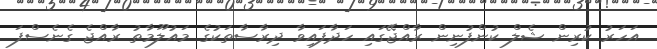
އަހަރު ކުރިން ޝެލް ކުންފުނިން ރާއްޖޭގައި ހަދާފައިވާ ދިރާސާތަކުގެ މައުލޫމާތު ރާއްޖެ ގެނެސްފަ